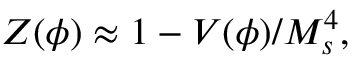
Z ( \phi ) \approx 1 - V ( \phi ) / M _ { s } ^ { 4 } ,